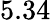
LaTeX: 5.34